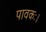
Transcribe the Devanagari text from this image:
पावकः।